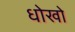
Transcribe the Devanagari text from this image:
धोखो